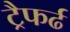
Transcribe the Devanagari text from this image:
ट्रैफर्ढ